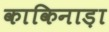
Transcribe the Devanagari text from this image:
काकिनाड़ा